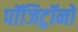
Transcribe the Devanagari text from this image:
पॉजिट्रॉनों